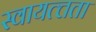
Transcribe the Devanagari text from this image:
स्वायत्त्तता